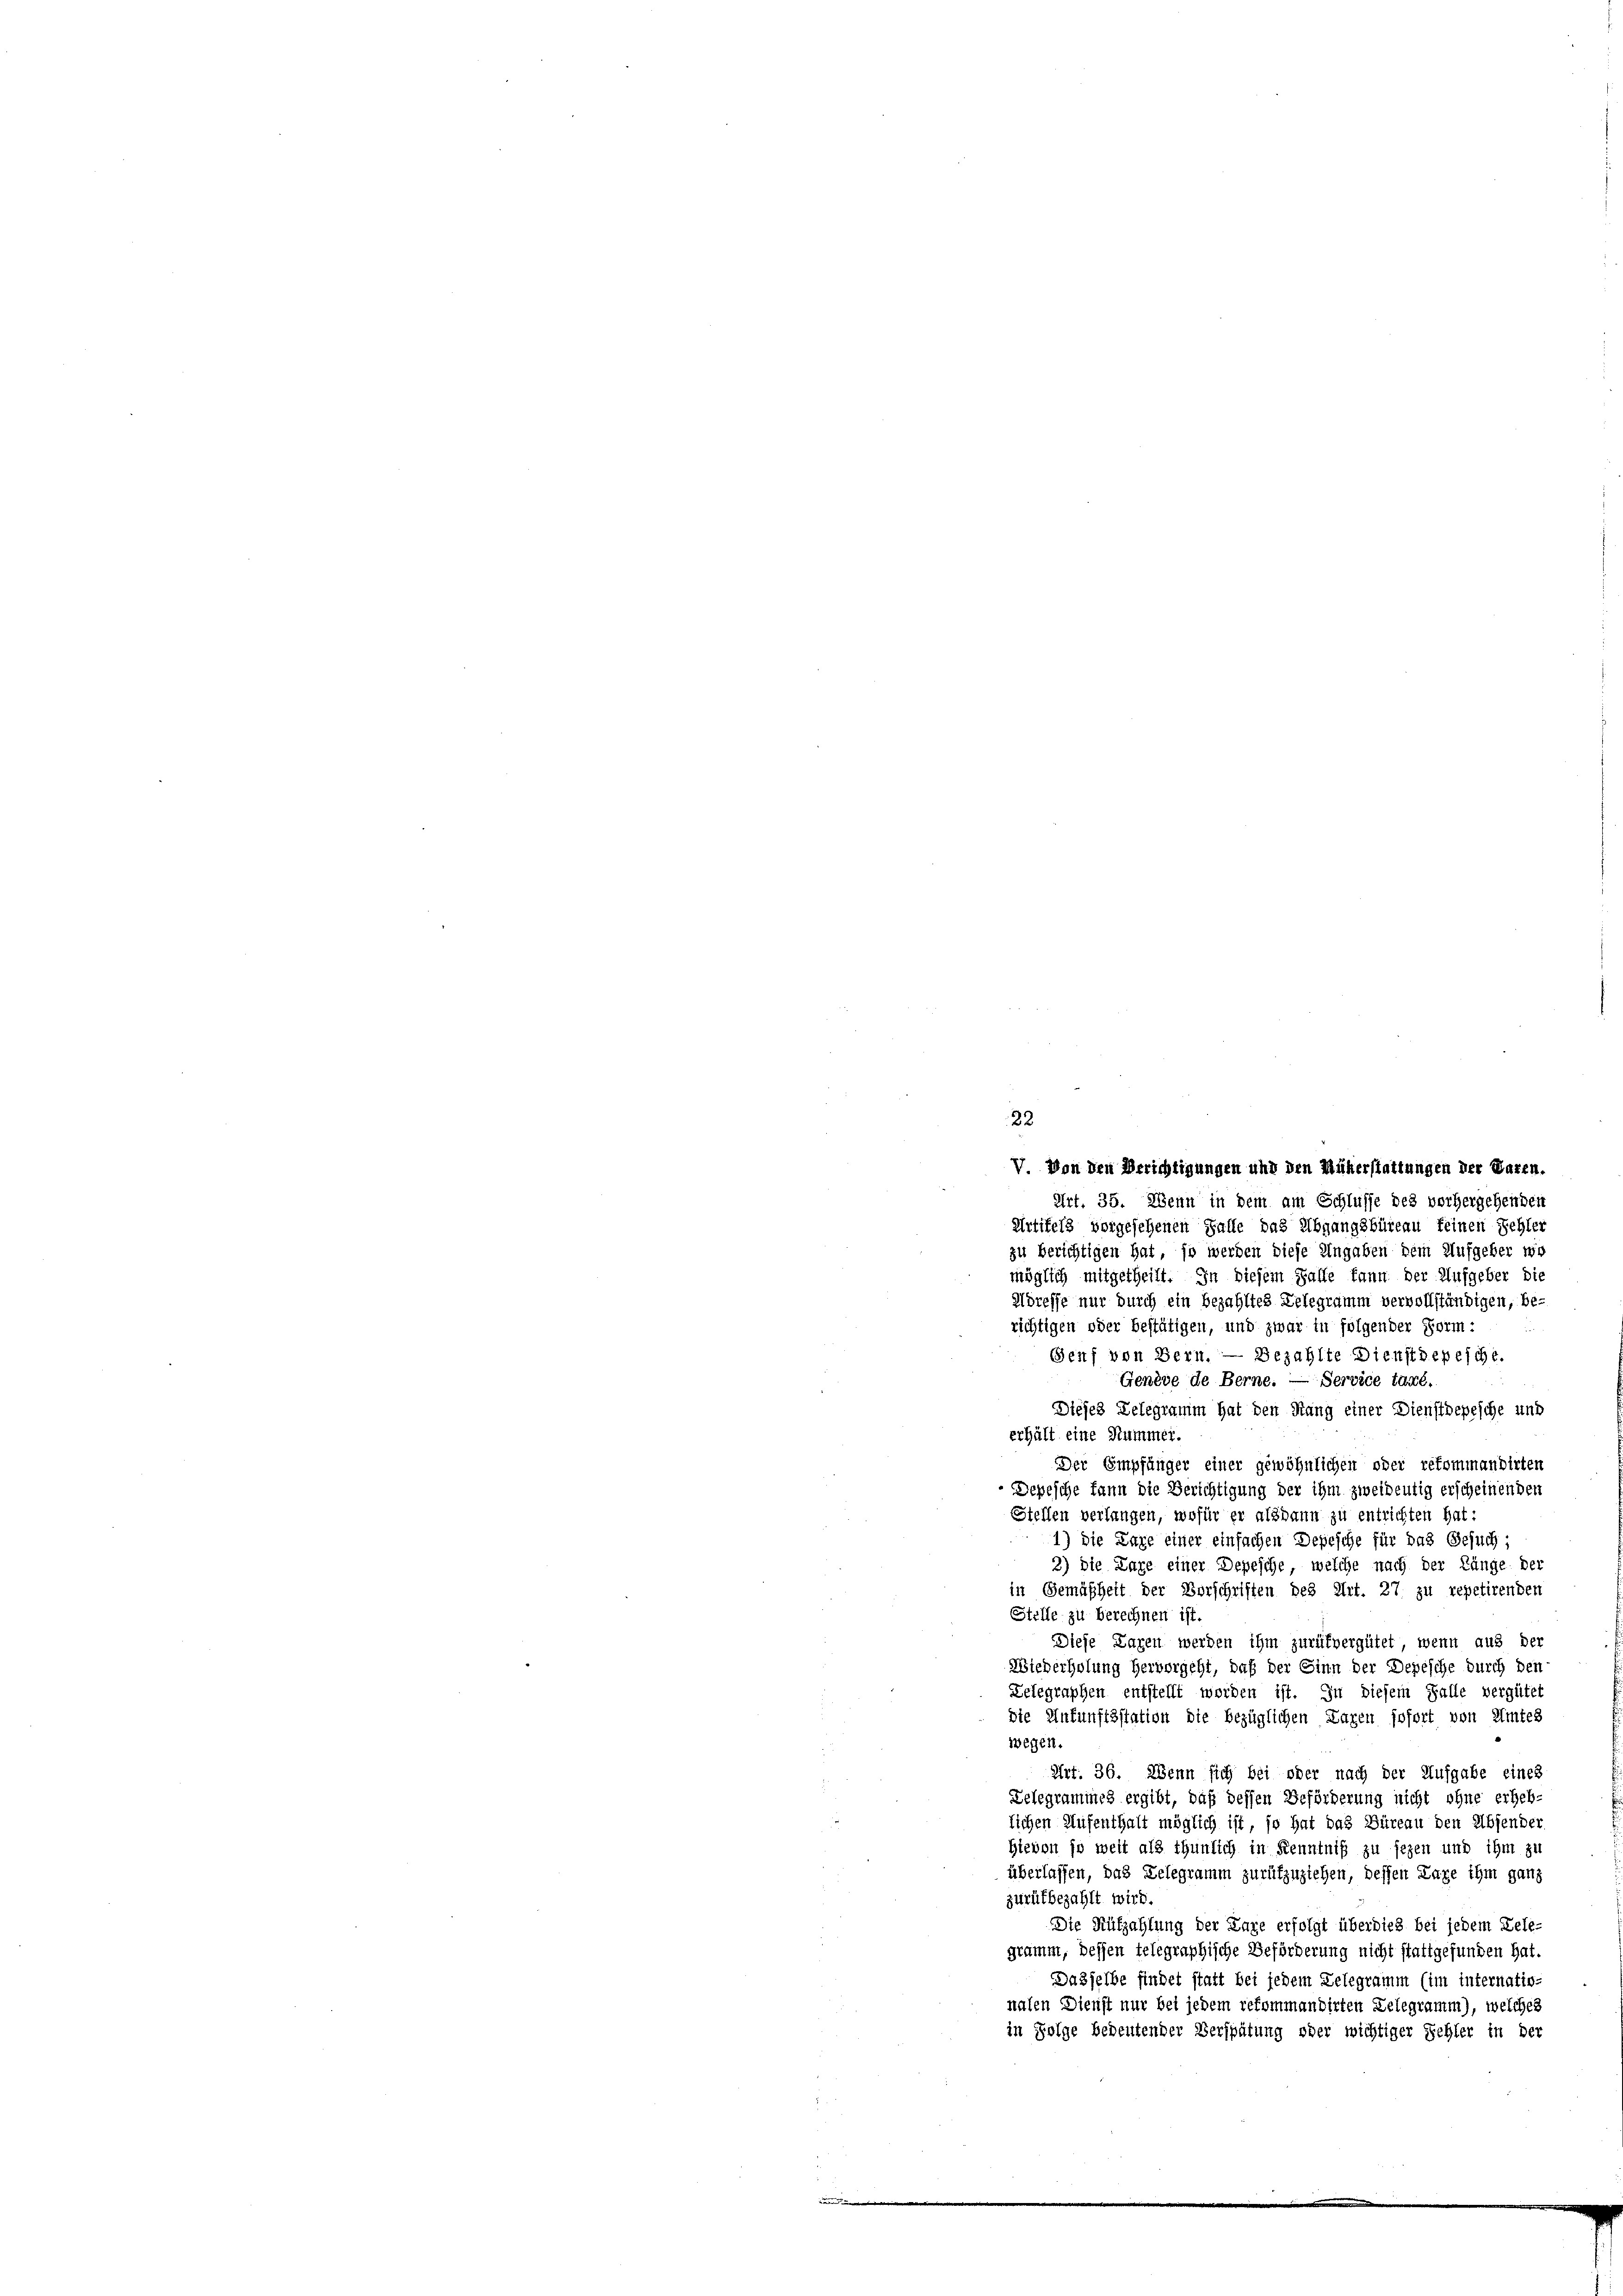
22

V. Von den Berichtigungen und den Rükerstattungen der Daren.
Art. 35. Wenn in dem am Schlüsse des vorhergehenden
Artikels vorgesehenen Falle das Abgangsbüreau feinen Fehler
zu berichtigen hat, so werden diese Eingaben dem Aufgeber wo
möglich mitgetheilt. In diesem Falle kann der Aufgeber die
Möreffe nur durch ein bezahltes Telegramm vervollständigen, be-
richtigen oder bestätigen, und zwar in folgender Form:
Senf von Bern. — Bezahlte Dienstdepesche.
Genève de Berne. — Service taxé.
Dieses Gelegramm hat den Stang einer Dienstdepesche und
erhält eine Nummer.
Der Empfänger einer gewöhnlichen oder refommandirten
Depesche kann die Berichtigung der ihm zweideutig erscheinenden
Stellen verlangen, wofür er alsdann zu entrichten hat:
1) die Pare einer einfachen Depesche für das Gesuch:
3) Die Lage einer Depesche, welche nach der Länge der
in Gemäßheit der Vorschriften des Art. 27. zu repetirenden
Stelle zu berechnen ist.
Diese Lagen werden ihm zurükvergütet, wenn aus der
Atederholung hervorgeht, daß der Sinn der Depesche durch den
Zelegraphen entstellt worden ist. In diesem Falle vergütet
die Unfunftsstation die bezüglichen Lagen sofort von Amtes
wegen.
Art. 36. Wenn sich bei oder nach der Aufgabe eines
Belegrammes ergibt, daß dessen Beförderung nicht ohne erheb-
lichen Aufenthalt möglich ist, so hat das Büreau den Absender
Hievon so weit als thunlich in Kenntniß zu sezen und ihm zu
überlassen, das Telegramm zurükzuziehen, dessen Lage ihm ganz
zurückbezahlt wird.
Die Rüfzahlung der Lage erfolgt überdies bei jedem Dele-
gramm, dessen telegraphische Beförderung nicht stattgefunden hat.
Dasselbe findet statt bei jedem Lelegramm (im internatio
nalen Dienst nur bei jedem refommandirten Delegramm), welches
in Folge bedeutender Verspätung oder wichtiger Fehler in der